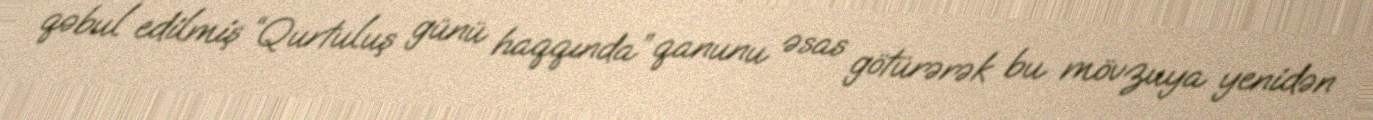
qəbul edilmiş “Qurtuluş günü haqqında” qanunu əsas götürərək bu mövzuya yenidən